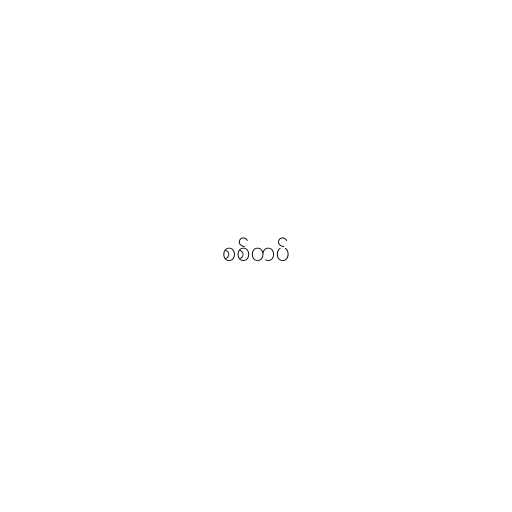
စစ်တပ်